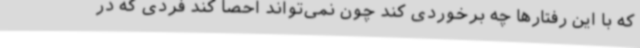
که با این رفتارها چه برخوردی کند چون نمی‌تواند احصا کند فردی که در